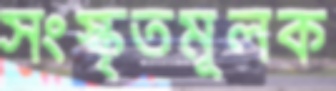
সংস্কৃতমূলক